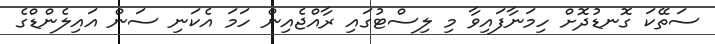
ސަތޭކަ ގޮނޑުދޮށް ހިމަނާފައިވާ މި ލިސްޓުގައި ރާއްޖެއިން ހަމަ އެކަނި ސަން އައިލެންޑްގެ